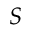
S